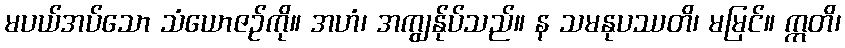
မပယ်အပ်သော သံယောဇဉ်ကို။ အဟံ၊ အကျွန်ုပ်သည်။ န သမနုပဿတိ၊ မမြင်။ ဣတိ၊